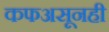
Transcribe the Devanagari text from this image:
कफअसूनही